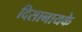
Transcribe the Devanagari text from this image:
दिसानायके